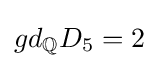
gd_{\mathbb {Q} }D_{5}=2